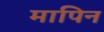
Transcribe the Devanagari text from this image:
मापिन